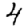
Digit: 4